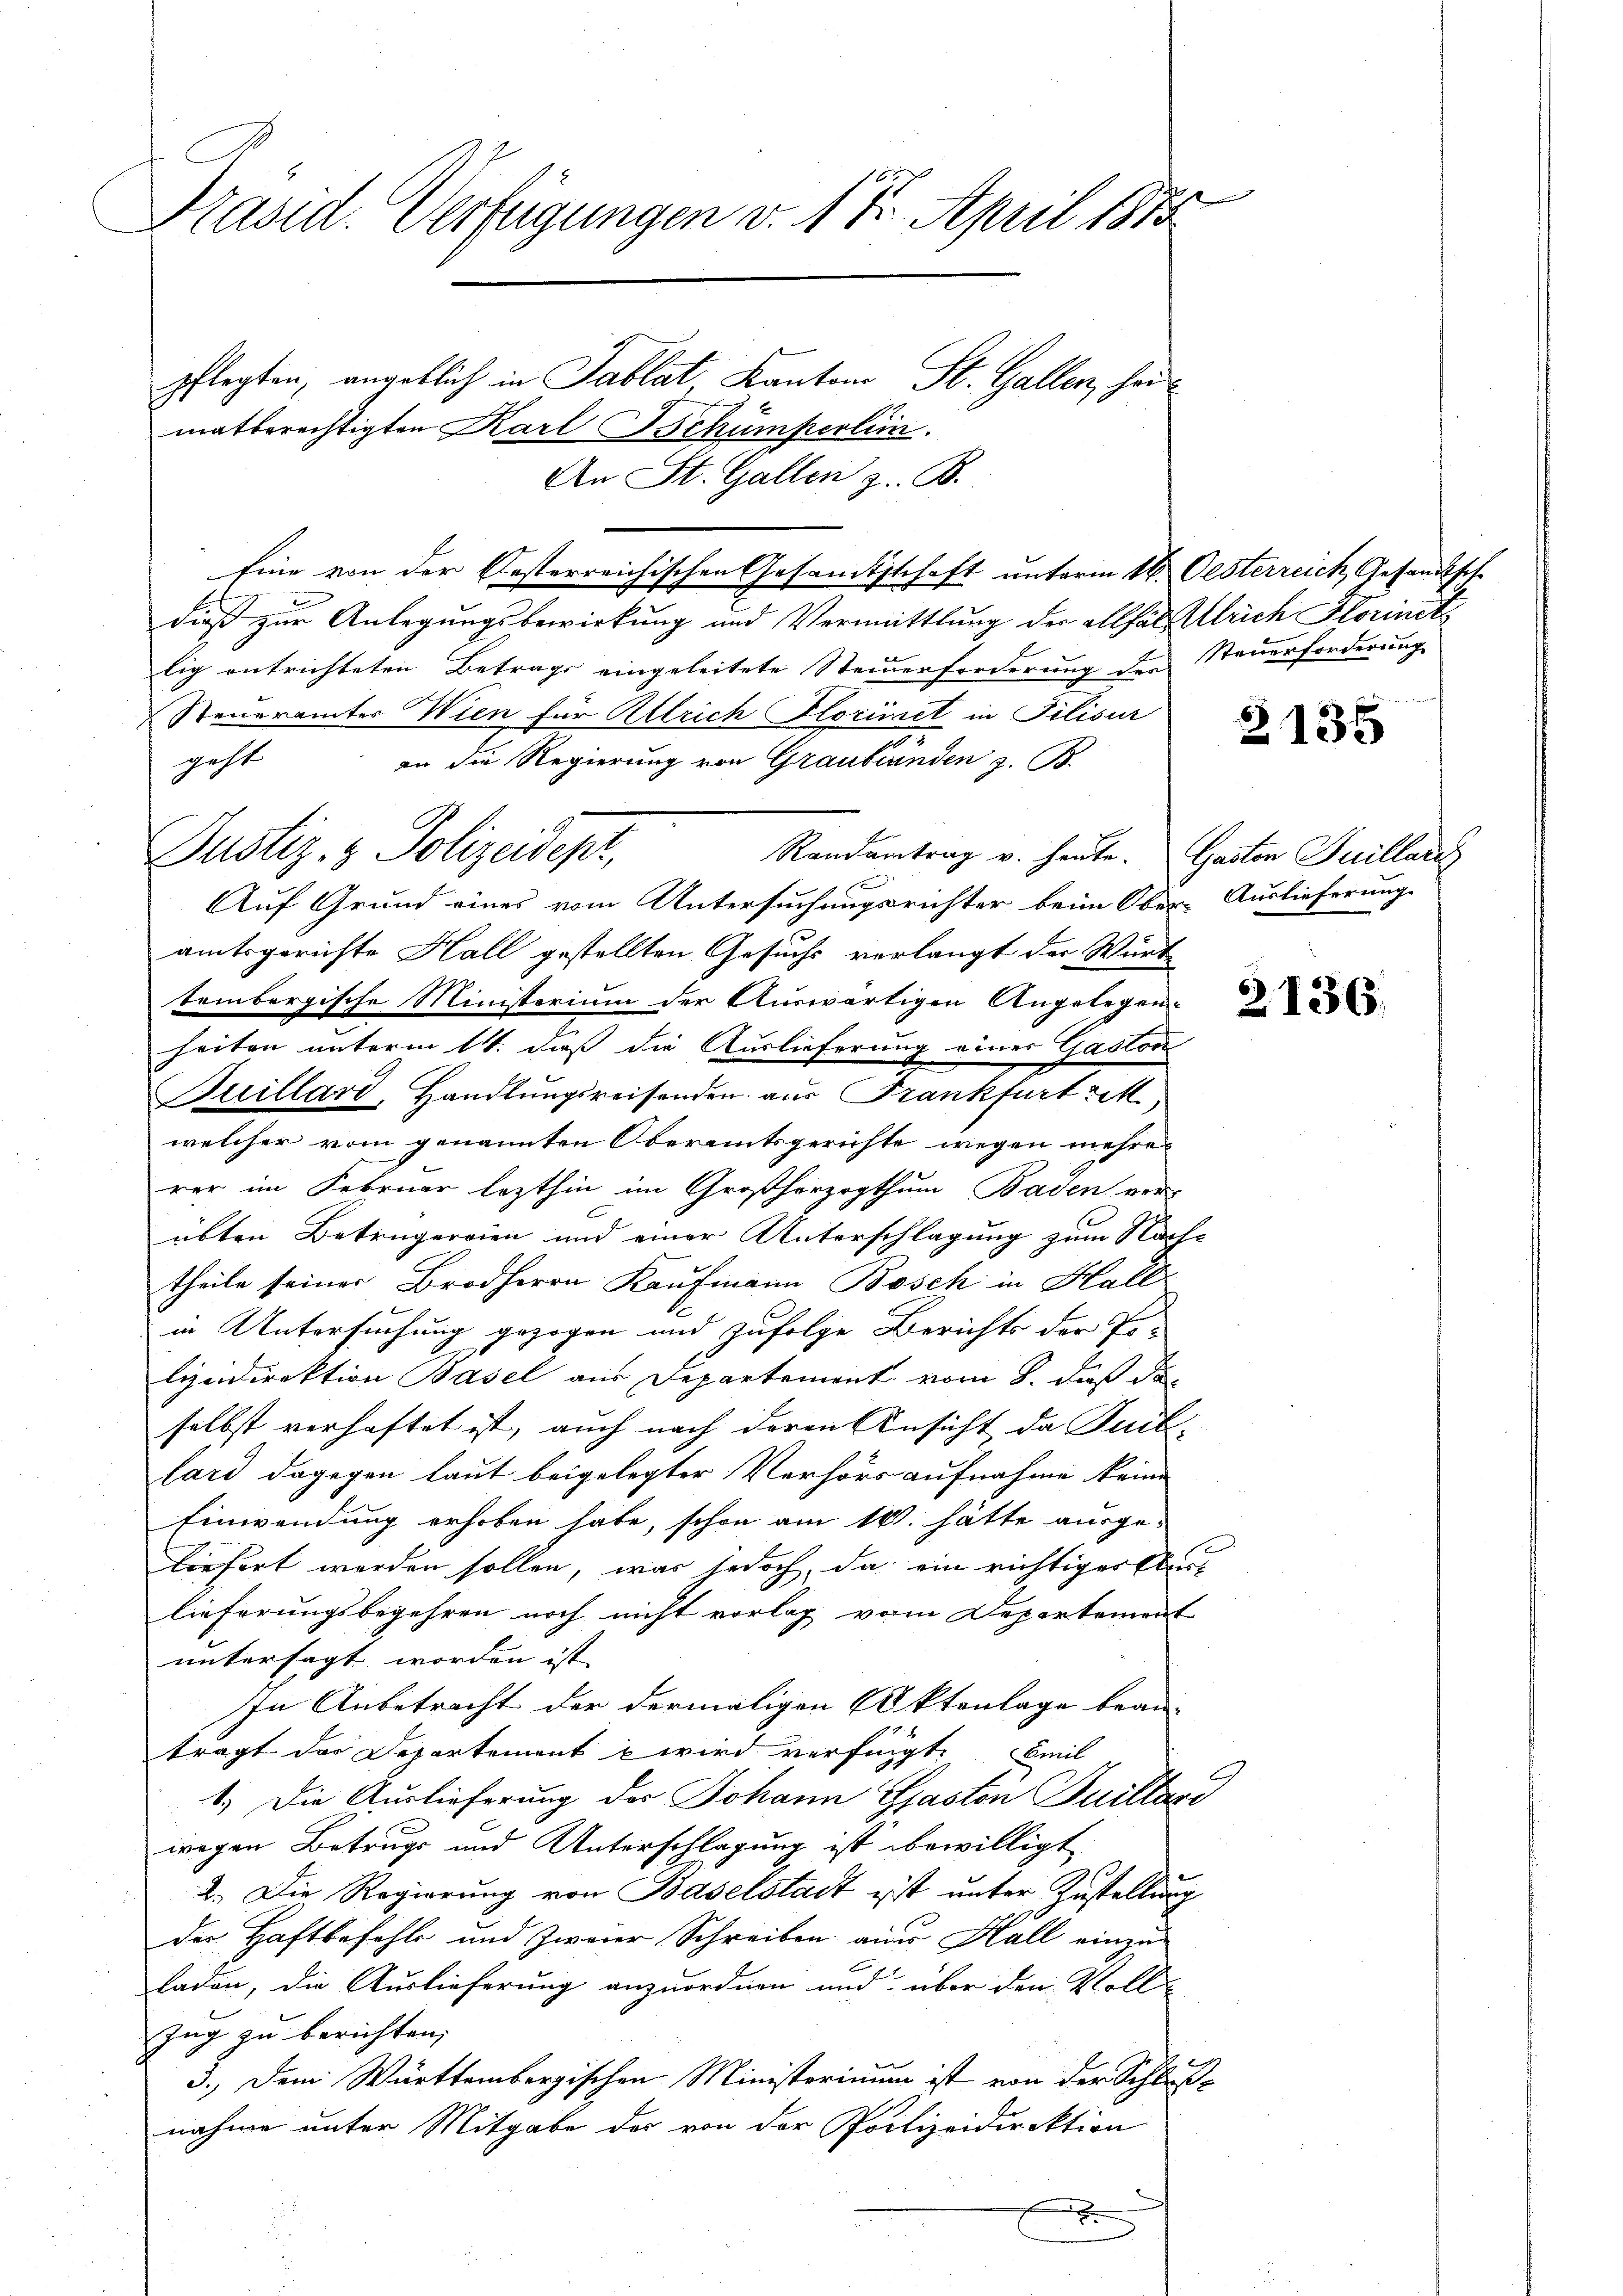
Präsid. Verfügungen v. 17. April 1873.
pflegten, angeblich in Tablat Kanton St. Gallen, heimatberechtigten Karl Bchümperlin.

An St. Gallen z. B.
Eine von der Oesterreichischen Gesamtsschaft unterm 16. Oesterreich, Gesandtsche
dieß zur Anlegungsbewirkung und Vermittlung der allfal Ulrich Florinst
lig entrichteten Betrags eingeleitete Steinerforderung der Steuerforderung
Steuerämter Wien für Allrich Floriret in Filisur
geht
an die Regierung von Graubünden z. B.
Randantrag v. heute. Gastor Juillari
Auf Grund eines vom Untersuchungsrichter beim Ober-Auslieferung
amtsgerichte Hall gestellten Gesuchs verlangt der Würt
tembergische Ministerium der Auswärtigen Angelegen-
heiten unterm 14. daß die Auslieferung einer Gaston
Buillard, Handlungsreisenden aus Frankfurt rek
welcher vom genannten Oberamtsgerichte wegen mehrerer im Februar lezthin im Großherzogthum Baden ver
übten Betrugereien und einer Unterschlagung zum Nachtheile seiner Brodherrn Kaufmann Bosch in Hall.
in Untersuchung gezogen und zufolge Berichts der Polyndirektion Basel aus Departement vom 8. daß de
selbst verhaftet ist, auch nach deren Ansicht da Suil-
lard dagegen laut beigelegter Verhörs aufnahme keine
Einwendung erhoben habe, schon am 14t. hätte ausge-
liefert werden sollen, was jedoch, da ein richtiger Auslieferungsbegehren noch nicht vorlag vom Departement
untersagt worden ist. |
In Anbetracht der dermaligen Aktenlage bean-
trägt des Departement  wird verfügt. Emil
1.) Die Auslieferung des Johann Gaston Guillari
wegen Betrugs und Unterschlagung ist bewilligt
2.) Die Regierung von Baselstadt ist unter Zustellung
der Haftbefohle und Zweier Schreiben aus Hall einzuladen, die Auslieferung anzuordnen und über den Voll-
Ing zu berichten,
3.) Dem Württembergischen Ministerimum ist von der Schluß-
nahme unter Mitgabe der von der Polizeidirektion
x

Justiz- & Polizeidept,

2

2135

2136.